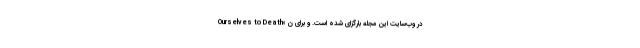
Ourselves to Death» در وب‌سایت این مجله بارگزای شده است. و برای ن